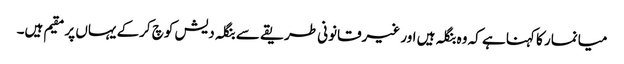
میانمار کا کہنا ہے کہ وہ بنگلہ ہیں اور غیرقانونی طریقے سے بنگلہ دیش کوچ کرکے یہاں پر مقیم ہیں۔